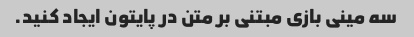
سه مینی بازی مبتنی بر متن در پایتون ایجاد کنید.